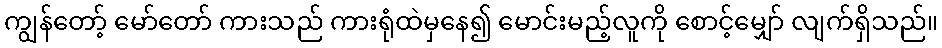
ကျွန်တော့် မော်တော် ကားသည် ကားရုံထဲမှနေ၍ မောင်းမည့်လူကို စောင့်မျှော် လျက်ရှိသည်။